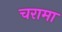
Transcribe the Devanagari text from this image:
चरामा